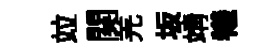
竝関羌坂靖犧